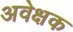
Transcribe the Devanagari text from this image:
अवेक्षक